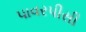
પાવરપીસી